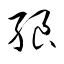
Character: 朖